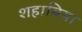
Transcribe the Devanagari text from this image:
शहाबिया